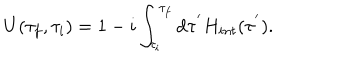
U ( \tau _ { f } , \tau _ { i } ) = 1 - i \int _ { \tau _ { i } } ^ { \tau _ { f } } \mathrm { d } \tau ^ { ' } H _ { i n t } ( \tau ^ { ' } ) .